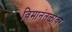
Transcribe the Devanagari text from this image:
विमानंतळांवर